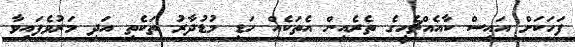
ފަހަކަށް އައިސް ކާއެއްޗެހީގެ ތެރެއިން އެތަކެއް ހަޑި މުޑުދާރު ތަކެތި އަދި މަރުވެފައިވާ